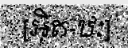
[អ៊ិត-ឋៈ]